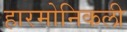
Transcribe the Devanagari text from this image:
हारमोनिकली